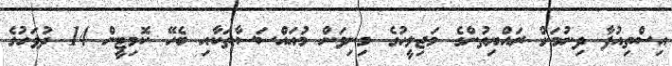
އިސްތިއުފާ ދިނުމަށް ރައްޔިތުންގެ މަޖިލީހުގެ މިނިވަން މުއައްސަސާތަކާއި ބެހޭ ކޮމިޓީން 14 ދުވަހުގެ